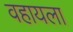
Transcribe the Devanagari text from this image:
वहायला